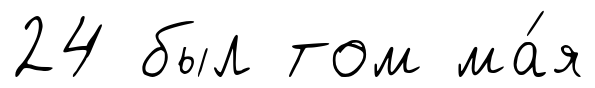
24 был том ма́я